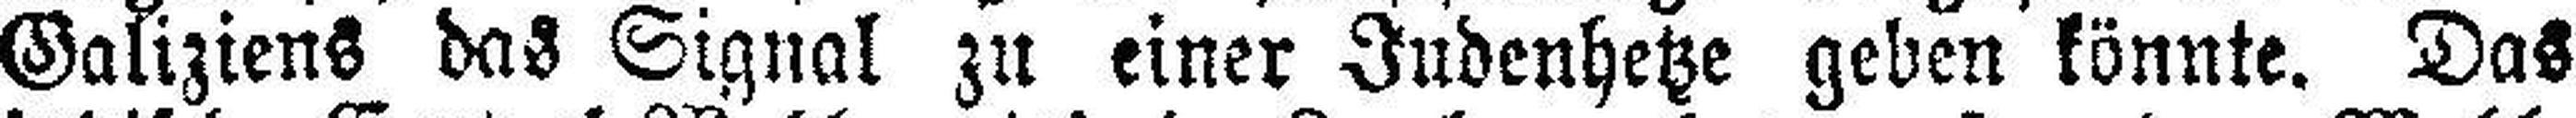
Galiziens das Signal zu einer Judenhetze geben könnte. Das